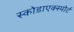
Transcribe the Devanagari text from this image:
स्कोडाएक्स्पोर्ट